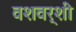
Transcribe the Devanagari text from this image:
वशवर्शी